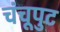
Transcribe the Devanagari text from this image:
चंचूपुट